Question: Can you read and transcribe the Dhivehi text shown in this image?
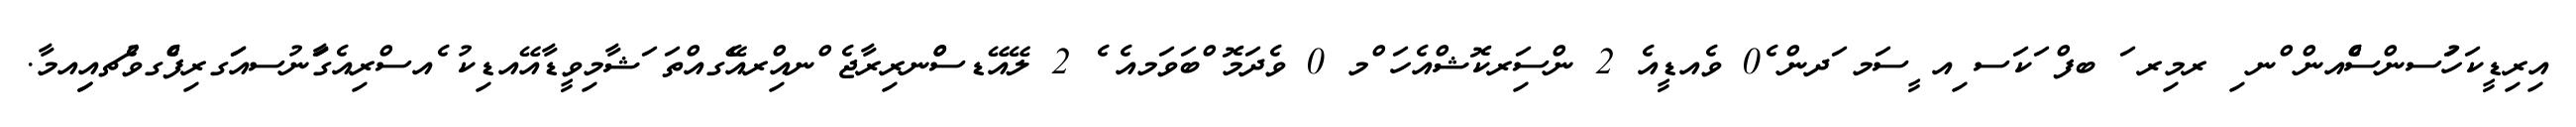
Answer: އިރިޑީކަހުަސންސްެއން ްނ ި ރމިރ ަ ބފް ަކަސ ިއ ީސަމ ަދން ެ0 ވެއޑީއެ 2 ންސަިރކޮޝްއެހަ ްމ 0 ވެދަމޮ ްބަވަމއެ ެ 2 ލޭއޭޑސްްނރިރާޖެ ްނއްިރއެޭގއްތަ ަޝާމިވީޑާއޭއޑިކު ެއސްރިއެގަާނުސއަަގރިފްެގވެުޗއިިއމާ.